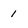
Character: l